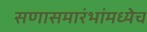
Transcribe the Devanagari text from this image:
सणासमारंभांमध्येच